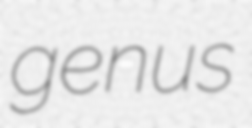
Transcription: genus